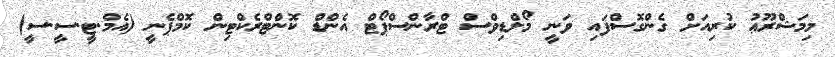
މިމަޝްރޫޢު ކުރިއަށް ގެންގޮސްފައި ވަނީ މޯލްޑިވްސް ޓްރާންސްޕޯޓް އެންޑް ކޮންޓްރެކްޓިން ކޮމްޕެނީ (އެމް.ޓީ.ސީ.ސީ)